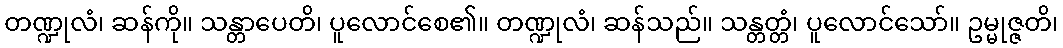
တဏ္ဍုလံ၊ ဆန်ကို။ သန္တာပေတိ၊ ပူလောင်စေ၏။ တဏ္ဍုလံ၊ ဆန်သည်။ သန္တတ္တံ၊ ပူလောင်သော်။ ဥမ္မုဇ္ဇတိ၊